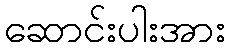
ဆောင်းပါးအား